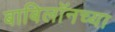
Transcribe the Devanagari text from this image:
बाबिलॉनच्या